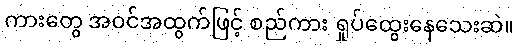
ကားတွေ အဝင်အထွက်ဖြင့် စည်ကား ရှုပ်ထွေးနေသေးဆဲ။